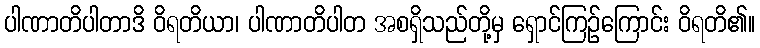
ပါဏာတိပါတာဒိ ဝိရတိယာ၊ ပါဏာတိပါတ အစရှိသည်တို့မှ ရှောင်ကြဉ်ကြောင်း ဝိရတိ၏။